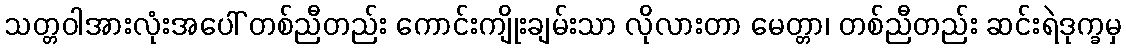
သတ္တဝါအားလုံးအပေါ် တစ်ညီတည်း ကောင်းကျိုးချမ်းသာ လိုလားတာ မေတ္တာ၊ တစ်ညီတည်း ဆင်းရဲဒုက္ခမှ